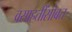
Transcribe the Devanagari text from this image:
वसाहतींसोबत